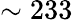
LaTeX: \sim 233